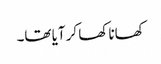
کھانا کھا کر آیا تھا۔